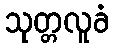
သုတ္တလူခံ